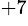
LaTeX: ^{+7}